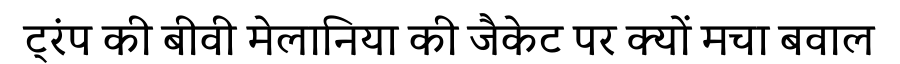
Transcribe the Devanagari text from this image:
ट्रंप की बीवी मेलानिया की जैकेट पर क्यों मचा बवाल